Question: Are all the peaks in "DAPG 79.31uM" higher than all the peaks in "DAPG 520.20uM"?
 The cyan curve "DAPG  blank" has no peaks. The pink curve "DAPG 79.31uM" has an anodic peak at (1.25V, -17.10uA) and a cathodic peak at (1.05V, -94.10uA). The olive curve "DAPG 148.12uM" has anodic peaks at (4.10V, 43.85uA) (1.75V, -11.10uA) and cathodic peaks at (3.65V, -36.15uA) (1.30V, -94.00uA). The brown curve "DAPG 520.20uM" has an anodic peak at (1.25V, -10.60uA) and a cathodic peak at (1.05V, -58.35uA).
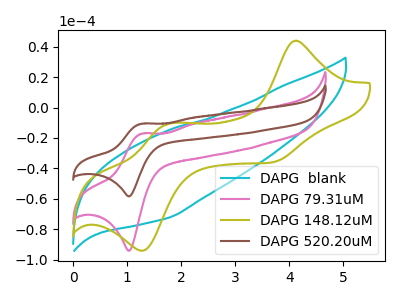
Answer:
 <answer>The peaks in "DAPG 79.31uM" are neither all higher or all lower than the peaks in "DAPG 520.20uM".</answer>
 <eval>mixed</eval>